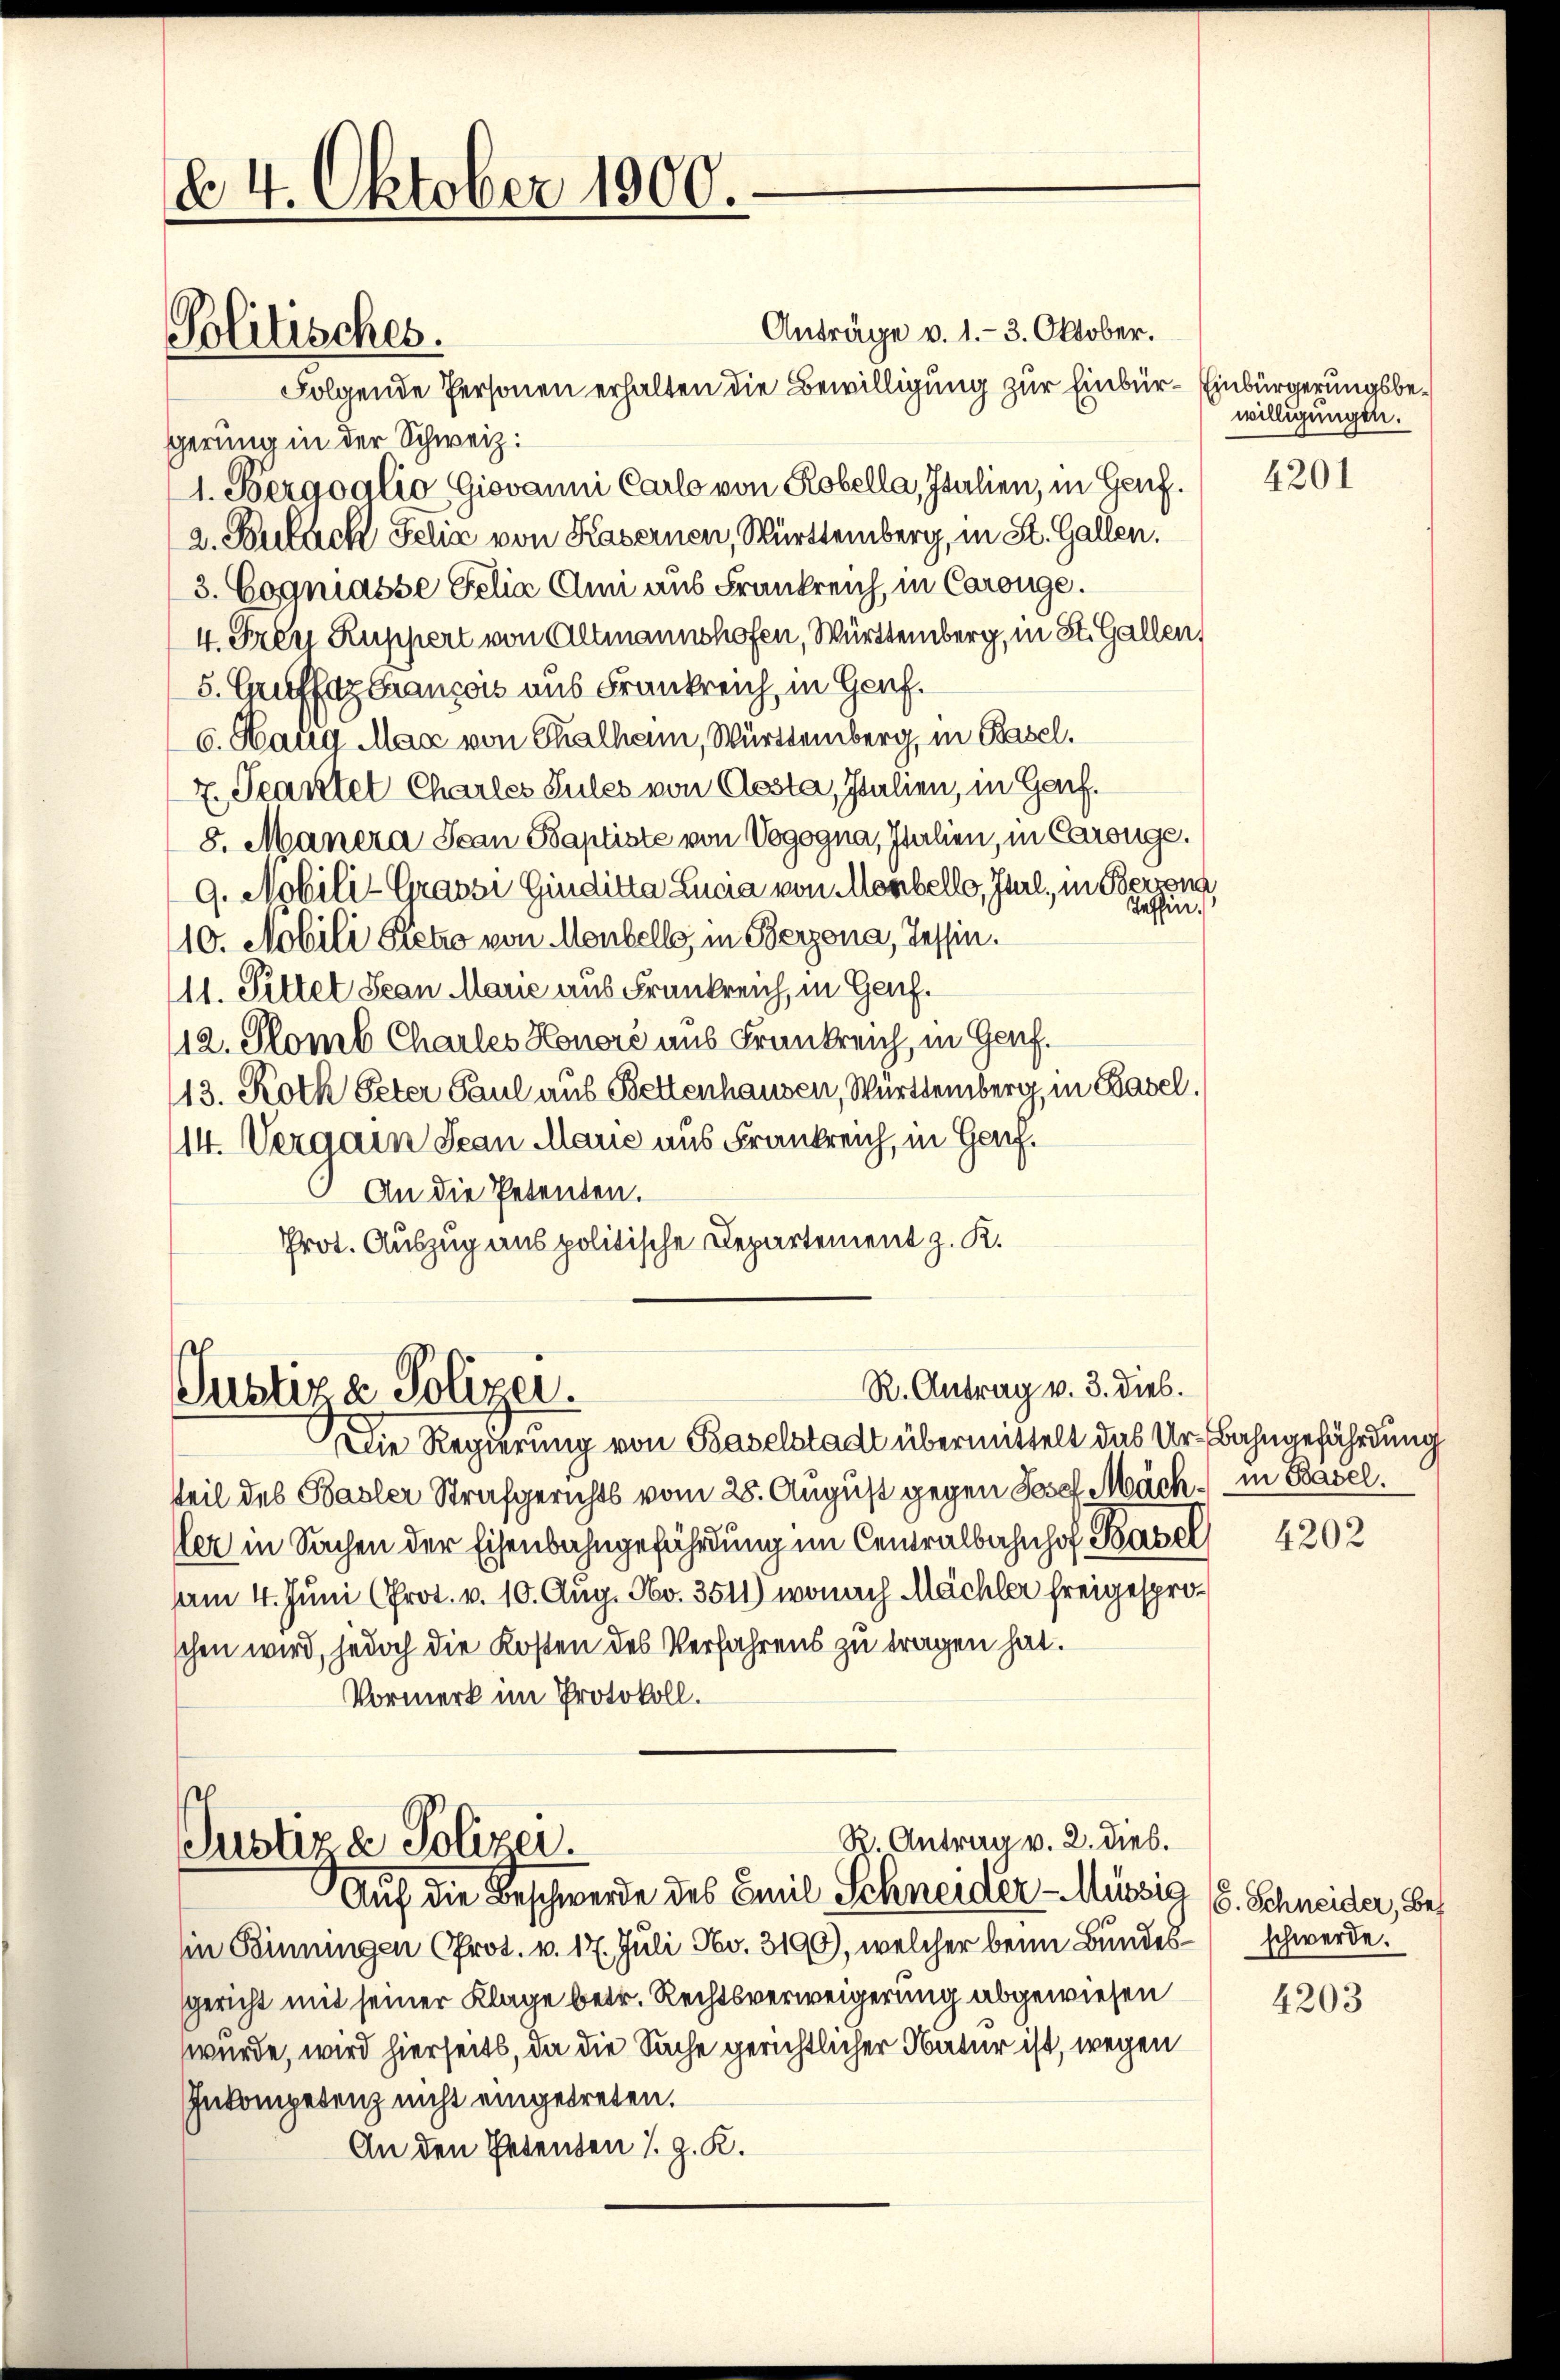
64. Oktober 1000.
Politisches.

Anträge v. 1.- 3. Oktober.
Folgende Personen erhalten die Bewilligung zur Einbür- Einbürgerungsbegerung in der Schweiz:
1. Bergoalio, Giovanni Carlo von Robella, Italien, in Genf.
2. Bulach Felix von Kasernen, Württemberg, in St. Gallen.
3. Cogniasse Gelia Clii aus Frankreich, in Carouge.
4. Iren Ruppert von Altmannshofen, Württemberg, in St. Gallen,
5. Grufsaz Grancois aus Frankreich, in Genf.
6. Haug Max von Thalham, Württemberg, in Basel.
7. Seartel Charles Sules von Aosta, Italien, in Genf.
8. Manera Scan Baptiste von Vogogna, Italien, in Carouge.
9. Mobili-Grasse Gindikta Lucia von Menbello, Jurl, in Bern,
Teffin.
10. Nobili Stetzo von Menbelle, in Berzona, Tessin.
11. Sittel San Marie aus Frankreich, in Genf.
112. Somb Charles Honore aus Frankreich, in Genf.
13. Roth Peter Paul aus Bettenhausen, Württemberg, in Basel.
114. Vergain Jean Marie aus Frankreich, in Genf.
An die Petenten.
Prot. Auszug aus politische Departement z. K.

R. Antrag v. 3. Dieb.
Justiza Polizei.

R. Antrag v. 2. dies.
Justiz & Polizei.
Auf die Beschwerde des Emil Schneider-Müssig (s. Schneider, Be¬

in Binungen (Prot. v. 17. Juli No. 3190), welcher beim Bundes- schwerde.
gericht mit seiner Klage betr. Rechtsverweigerung abgewiesen
wurde, wird hierseits, da die Sache gerichtlicher Natur ist, wegen
Inkompetenz nicht eingetreten.
An den Petenten S. z. K.

Die Regierung von Baselstadt übermittelt das Ur-Bahngefährdung
tteil des Basler Strafgerichts vom 28. August gegen Josef Mäck in Basel,
ler in Sachen der Eisenbahngefährdung im Centralbahnhof Basel
Am 4. Juni (Prot. v. 10. Aug. No. 3511) wonach Mächler freigesproschen wird, jedoch die Kosten des Verfahrens zu tragen hat.
Vormerk im Protokoll.

willigungen.

4201

4202

4203